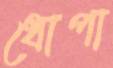
ধোপা